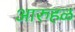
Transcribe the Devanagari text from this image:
आरुहळ